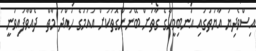
އިސްވެދިޔަ އާޔަތުގައި އަނބިމީހާގެ ގާތަށް ބޭނުންގޮތަކަށް އައުމުގެ ހުއްދަ މާތް  ދެއްވާފައިވަނީ